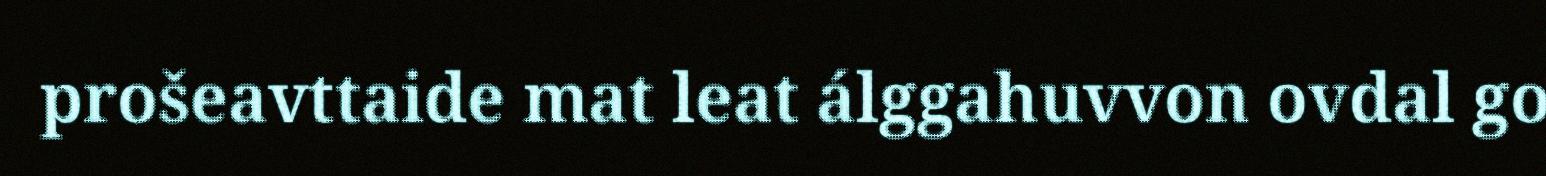
prošeavttaide mat leat álggahuvvon ovdal go